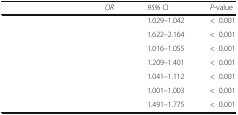
<table><thead><tr><td>[EMPTY_CELL]</td><td><b><i>OR</i></b></td><td><b><i>95%</i> CI</b></td><td><b><i>P-</i>value</b></td></tr></thead><tbody><tr><td>[EMPTY_CELL]</td><td>[EMPTY_CELL]</td><td>1.029–1.042</td><td>&lt;0.001</td></tr><tr><td>[EMPTY_CELL]</td><td>[EMPTY_CELL]</td><td>1.622–2.164</td><td>&lt;0.001</td></tr><tr><td>[EMPTY_CELL]</td><td>[EMPTY_CELL]</td><td>1.016–1.055</td><td>&lt;0.001</td></tr><tr><td>[EMPTY_CELL]</td><td>[EMPTY_CELL]</td><td>1.209–1.401</td><td>&lt;0.001</td></tr><tr><td>[EMPTY_CELL]</td><td>[EMPTY_CELL]</td><td>1.041–1.112</td><td>&lt;0.001</td></tr><tr><td>[EMPTY_CELL]</td><td>[EMPTY_CELL]</td><td>1.001–1.003</td><td>&lt;0.001</td></tr><tr><td>[EMPTY_CELL]</td><td>[EMPTY_CELL]</td><td>1.491–1.775</td><td>&lt;0.001</td></tr></tbody></table>